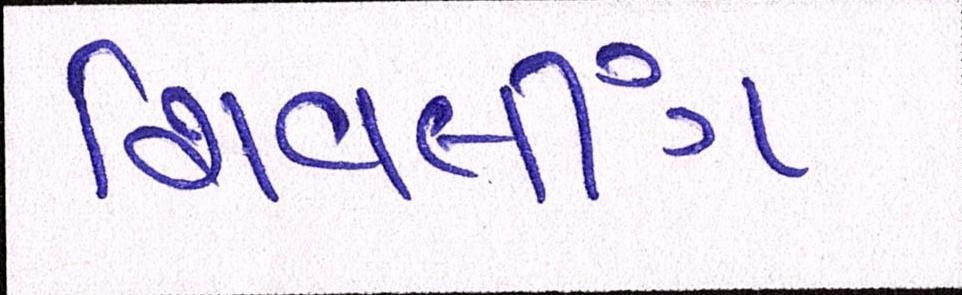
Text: શિવલીંગ